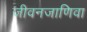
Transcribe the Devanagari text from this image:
जीवनजाणिवा